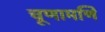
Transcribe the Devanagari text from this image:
चूणामणि